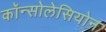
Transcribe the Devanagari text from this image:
कॉन्सोलेसियोन